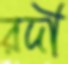
রদী